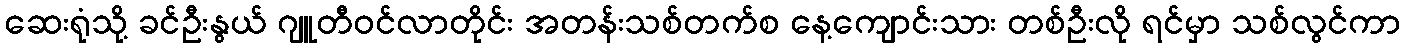
ဆေးရုံသို့ ခင်ဦးနွယ် ဂျူတီဝင်လာတိုင်း အတန်းသစ်တက်စ နေ့ကျောင်းသား တစ်ဦးလို ရင်မှာ သစ်လွင်ကာ